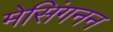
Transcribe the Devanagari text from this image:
मेसिंगनन